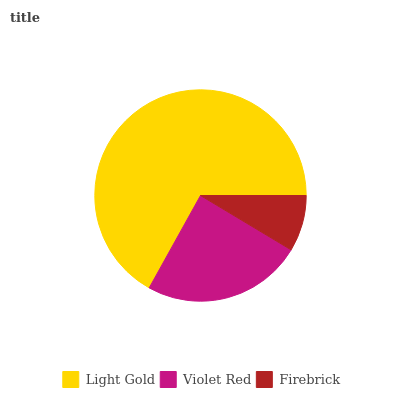
| Light Gold | Violet Red | Firebrick |
 | --- | --- | --- |
 | 66.9% | 24.5% | 8.59% |